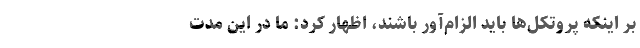
بر اینکه پروتکل‌ها باید الزام‌آور باشند، اظهار کرد: ما در این مدت